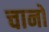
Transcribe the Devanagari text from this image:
चानो